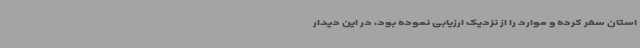
استان سفر کرده و موارد را از نزدیک ارزیابی نموده بود، در این دیدار